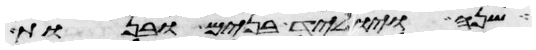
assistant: שנה ויוליד בנים ובנות